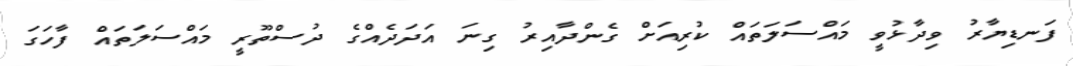
ފަނޑިޔާރު ވިދާޅުވީ މައްސަލަތައް ކުރިއަށް ގެންދާއިރު ގިނަ އަދަދެއްގެ ދުސްތޫރީ މައްސަލަތައް ފާހަގަ